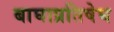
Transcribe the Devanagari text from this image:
बाघाप्रतिषेघ